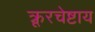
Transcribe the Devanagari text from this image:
क्रूरचेष्टाय